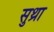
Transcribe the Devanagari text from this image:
सुथ्रा